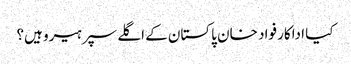
کیا اداکار فواد خان پاکستان کے اگلے سپر ہیرو ہیں؟